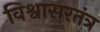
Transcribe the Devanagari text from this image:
विश्वासरतंत्र